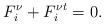
LaTeX: \begin{align*}F^{\nu}_i+F^{\nu t}_i=0.\end{align*}